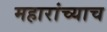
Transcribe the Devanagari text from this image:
महारांच्याच